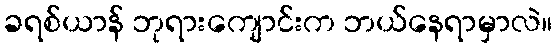
ခရစ်ယာန် ဘုရားကျောင်းက ဘယ်နေရာမှာလဲ။